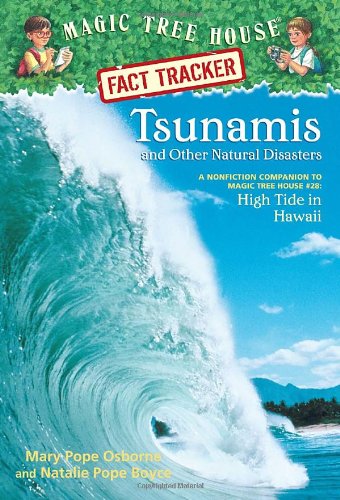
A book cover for Magic Tree House Fact Tracker #15: Tsunamis and Other Natural Disasters: A Nonfiction Companion to Magic Tree House #28: High Tide in Hawaii; Mary Pope Osborne; Science & Math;